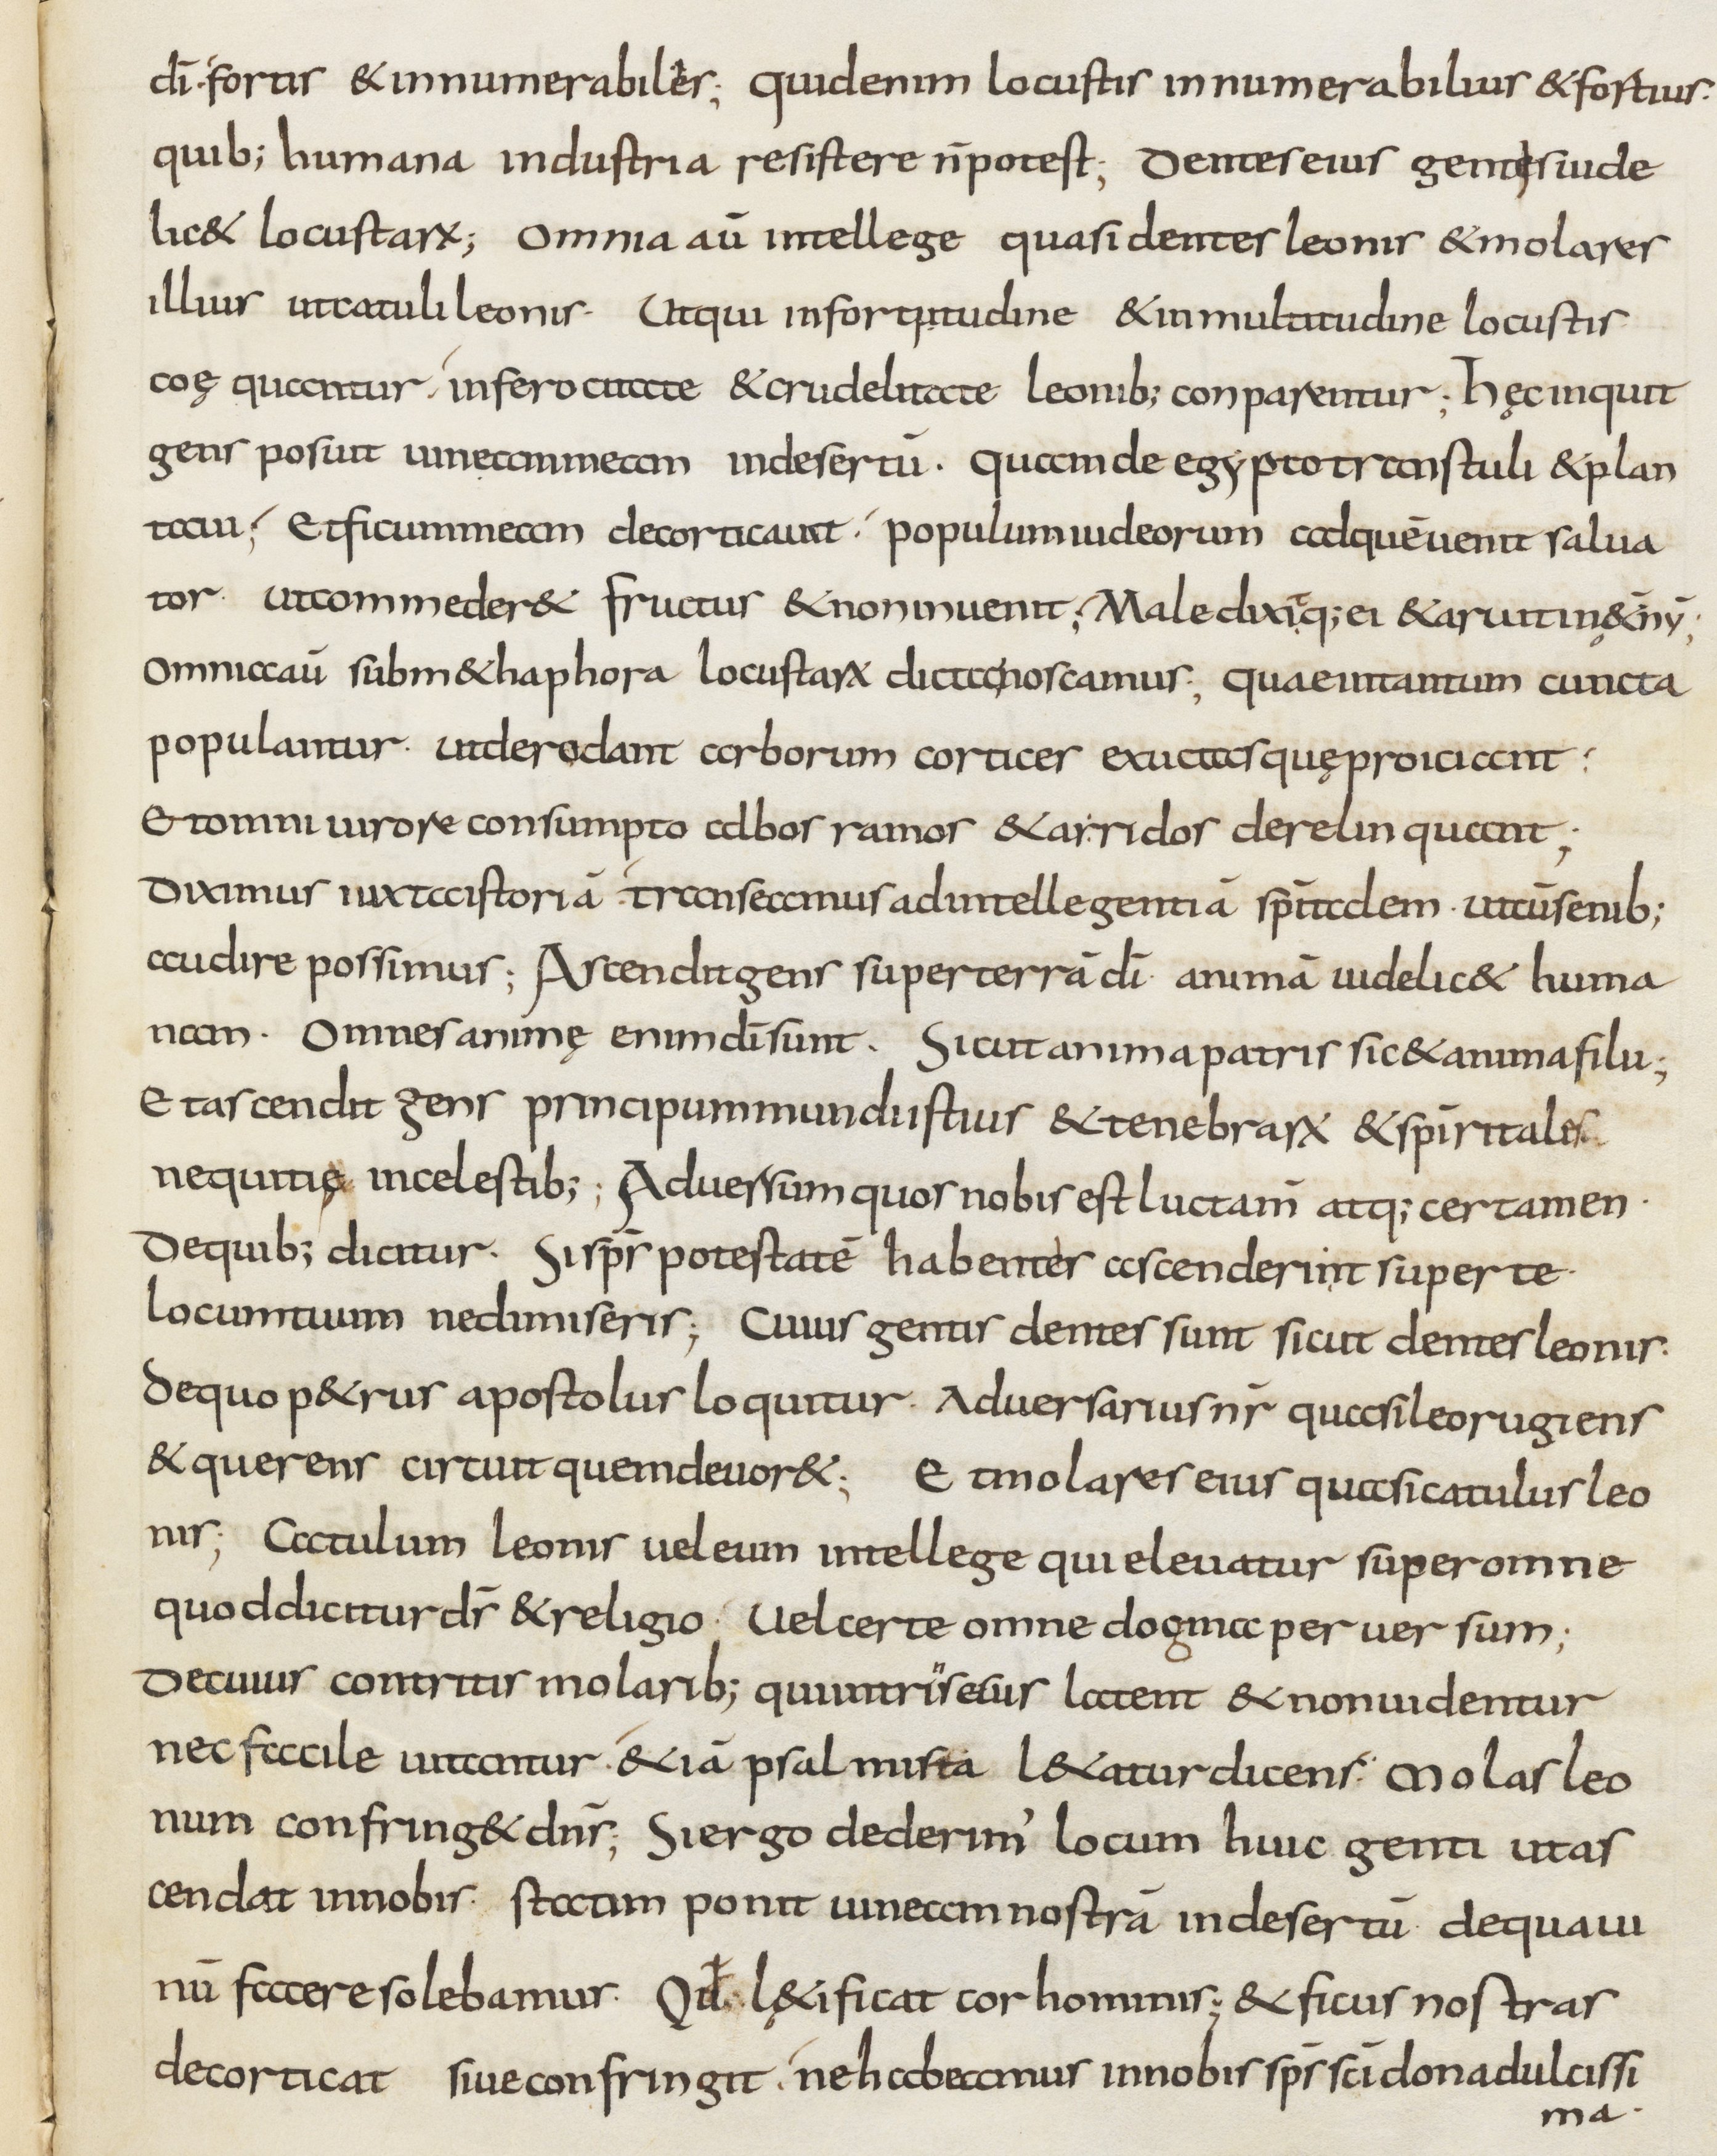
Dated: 800–899